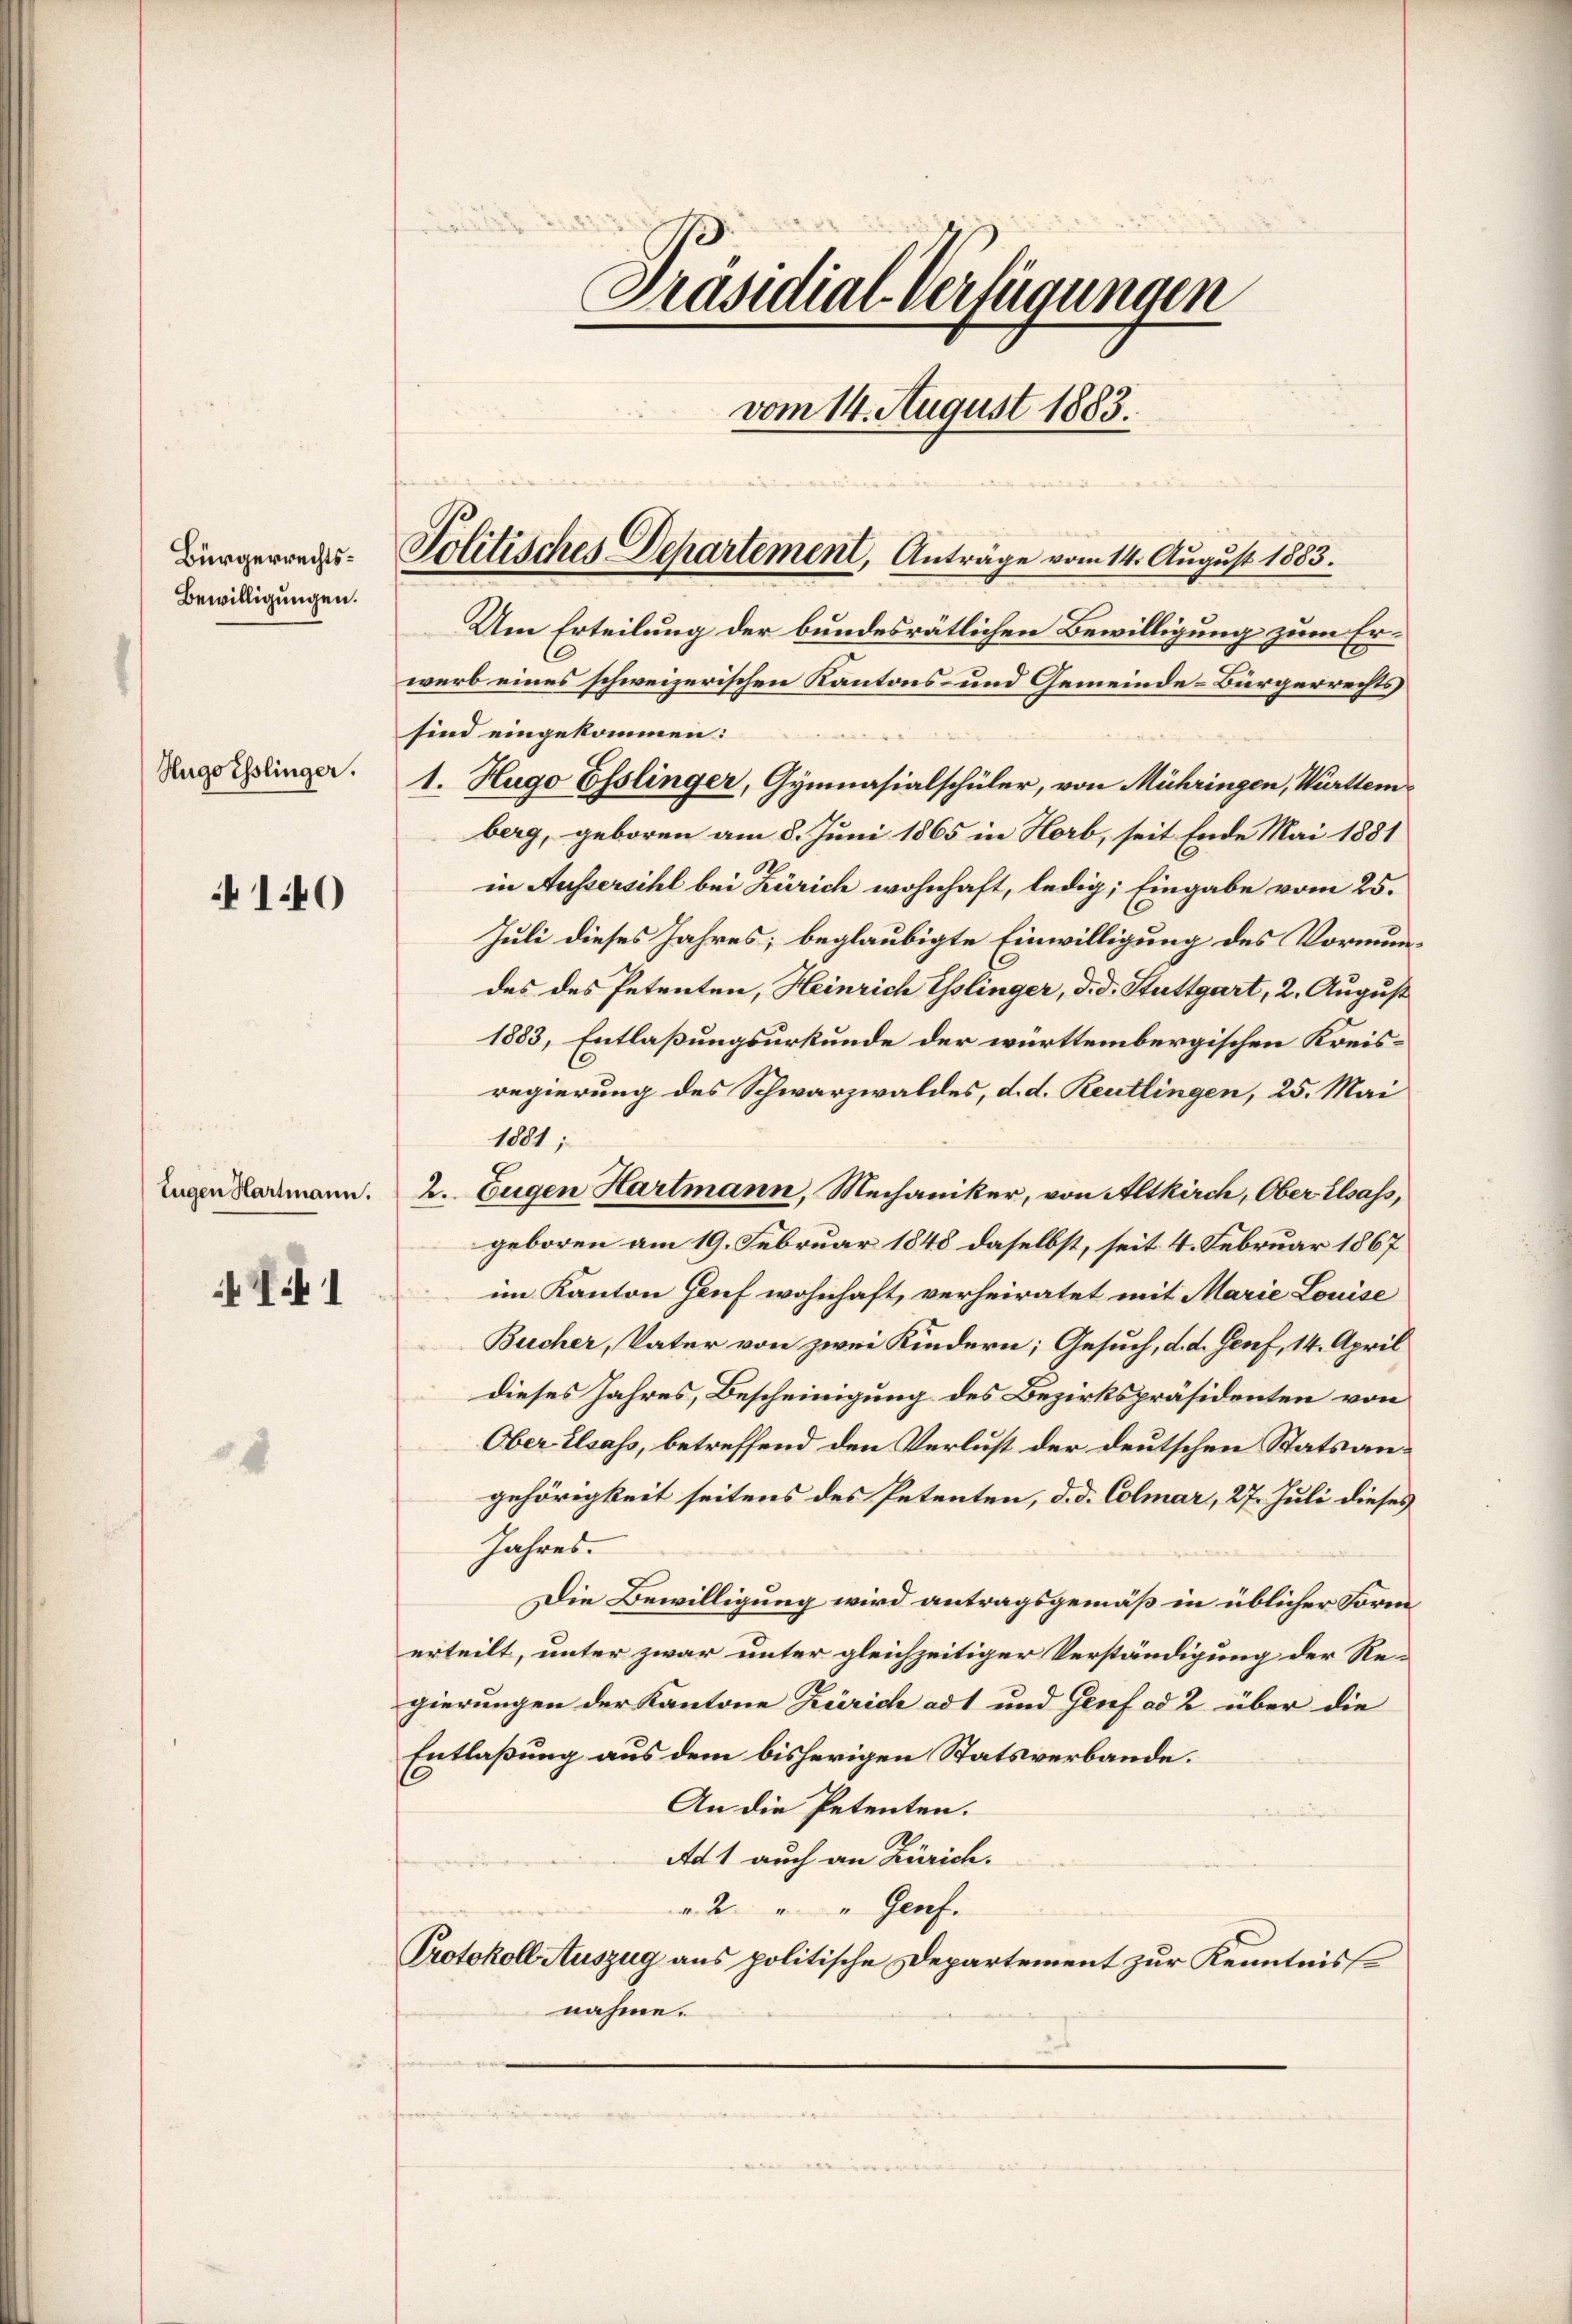
Bürgerrechts¬
Bewilligungen.

140

Pif. 1

Hugoisslinger.

Politisches Departement, Anträge vom 14. August 1883.

Um Erteilung der bundesrätlichen Bewilligung zum Erwerb eines schweizerischen Kantons- und Gemeinde-Bürgerrechts
sind eingekommen:
1. Hugo Esslinger, Gymnasialschüler, von Mühringen, Württem
berg, geboren am 8. Juni 1865 in Horb, seit Ende Mai 1881
in Aussersihl bei Zürich wohnhaft, ledig; Eingabe vom 25.
Juli dieses Jahres; beglaubigte Einwilligung des Vormundes des Petenten, Heinrich Esslinger, did. Stuttgart, 2. August
1883, Entlaßungsurkunde der württembergischen Kreisregierung des Schwarzwaldes, d. d. Reutlingen, 25. Mai
1881;
Eugen Hartmann. 2. Eugen Hartmann, Mechaniker, von Altkirch, Ober Elsass,
geboren am 19. Februar 1848 daselbst, seit 4. Februar 1867
im Kanton Genf wohnhaft, verheiratet mit Marie Louise
Bucher, Vater von zwei Kindern; Gesuch, d. d. Genf, 14. April
dieses Jahres, Bescheinigung des Bezirkspräsidenten von
Ober Elsass, betreffend den Verlust der deutschen Statsangehörigkeit seitens des Petenten, d. d. Colmar, 27. Juli dieses
Jahres.
Die Bewilligung wird antragsgemäß in üblicher Form
erteilt, unter zwar unter gleichzeitiger Verständigung der Regierungen der Kantone Zürich ad 1 und Genf ad 2 über die
Entlaßung aus dem bisherigen Statsverbande.
An die Petenten.
Ad 1 auch an Zürich.
" 2 " " Genf.
Protokoll Auszug aus politische Departement zur Kenntnisse
nahme.

Präsidial-Verfügungen
.
vom 14. August 1883.